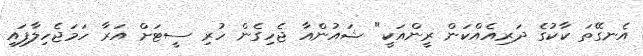
އެނގޭތަ ކާކުގެ ދަރިއެއްކަން ރީންއަކީ" ޝައުންއާ ޖެހިގެން ހުރި ސީޓަށް އަރާ ހަމަޖެހިލާފައި